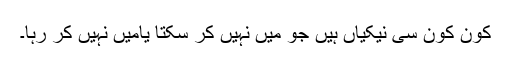
کون کون سی نیکیاں ہیں جو مَیں نہیں کر سکتا یامَیں نہیں کر رہا۔